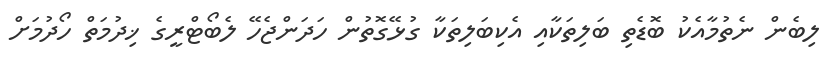
ލިބެން ނެތުމާއެކު ބޮޑެތި ބަލިތަކާއި އެކިބަލިތަކާ ގުޅޭގޮތުން ހަދަންޖެހޭ ލެބޯޓްރީގެ ޚިދުމަތް ހޯދުމަށް